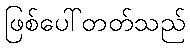
ဖြစ်ပေါ်တတ်သည်